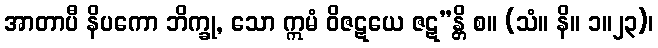
အာတာပီ နိပကော ဘိက္ခု, သော ဣမံ ဝိဇဋယေ ဇဋ”န္တိ စ။ (သံ။ နိ။ ၁။၂၃)၊